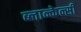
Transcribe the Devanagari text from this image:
ब्लान्केन्सी